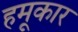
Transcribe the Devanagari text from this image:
हमूकार